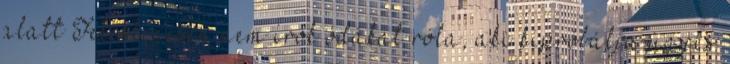
alatt Feleslegesen nem írok ódákat róla, aki kipróbálja úgyis